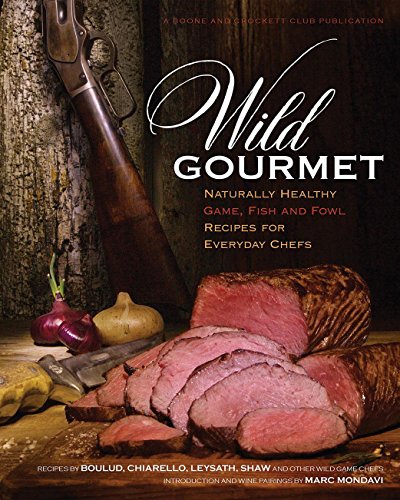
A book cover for Wild Gourmet: Naturally Healthy Game, Fish and Fowl Recipes for Everyday Chefs; Daniel Nelson; Cookbooks, Food & Wine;